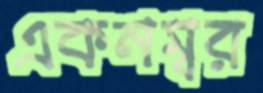
একনম্বর